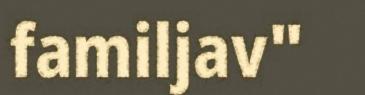
familjav"